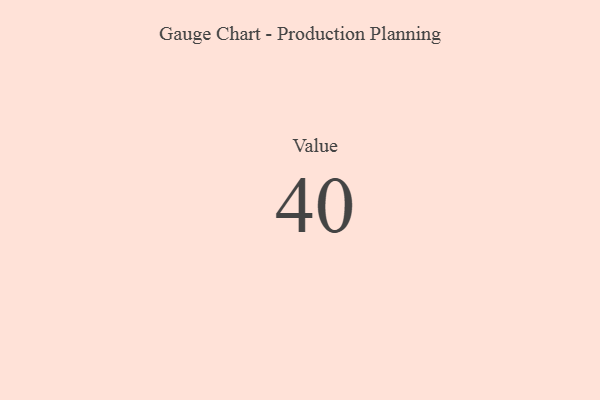
{"axis": {"x": "Metric", "y": "Value"}, "legend": [""], "data": [{"x": "Value", "y": 40, "type": ""}]}